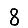
Digit: 8